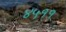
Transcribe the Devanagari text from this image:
४५११